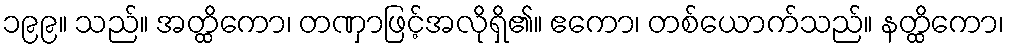
၁၉၉။ သည်။ အတ္ထိကော၊ တဏှာဖြင့်အလိုရှိ၏။ ဧကော၊ တစ်ယောက်သည်။ နတ္ထိကော၊